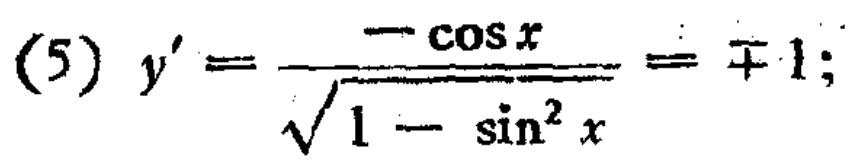
(5) \(y'=\frac{-\cos x}{\sqrt{1 - \sin^{2}x}}=\mp1;\)